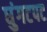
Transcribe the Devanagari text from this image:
घुंगटपट